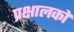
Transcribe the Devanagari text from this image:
प्रक्षालकों